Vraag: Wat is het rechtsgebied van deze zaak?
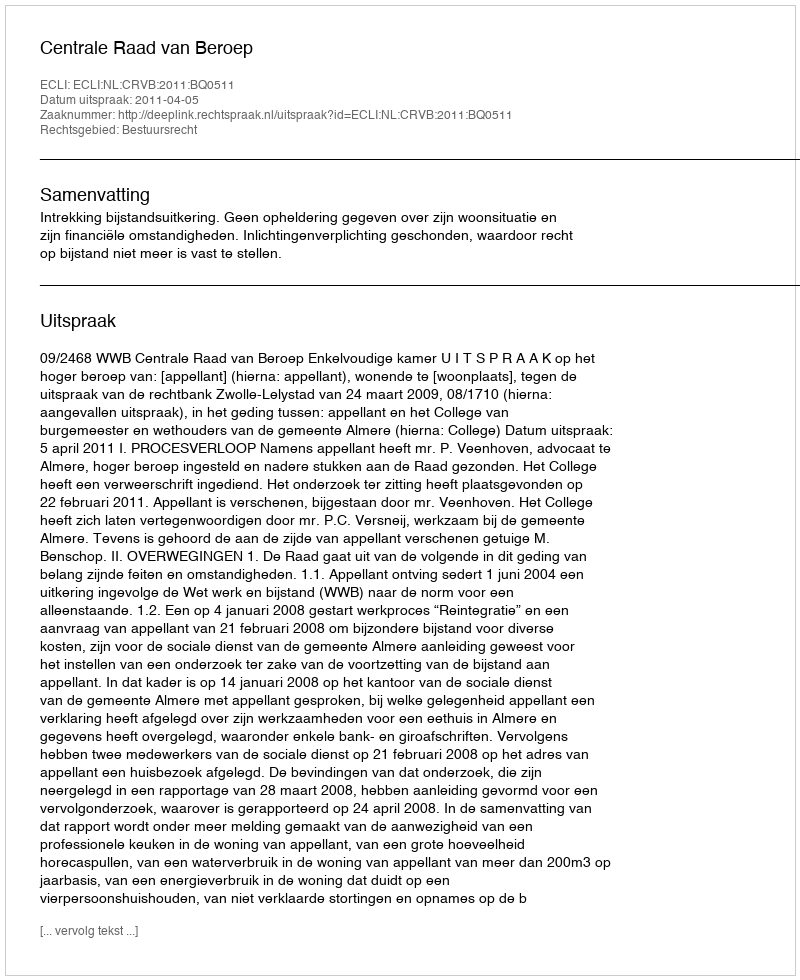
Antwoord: Bestuursrecht